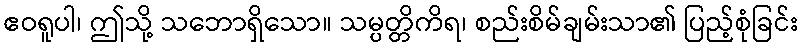
ဧဝရူပါ၊ ဤသို့ သဘောရှိသော။ သမ္ပတ္တိကိရ၊ စည်းစိမ်ချမ်းသာ၏ ပြည့်စုံခြင်း